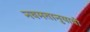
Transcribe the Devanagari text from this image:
नवमतानुयायी